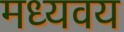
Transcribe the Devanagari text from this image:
मध्यवय